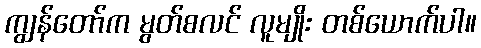
ကျွန်တော်က မွတ်စလင် လူမျိုး တစ်ယောက်ပါ။